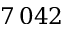
7 \, 0 4 2